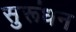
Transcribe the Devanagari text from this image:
सुरूंधन